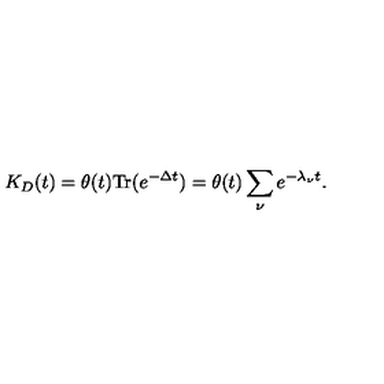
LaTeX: K _ { D } ( t ) = \theta ( t ) \mathrm { T r } ( e ^ { - \Delta t } ) = \theta ( t ) \sum _ { \nu } e ^ { - \lambda _ { \nu } t } .